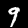
Digit: 9